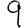
Digit: 9